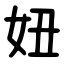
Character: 妞